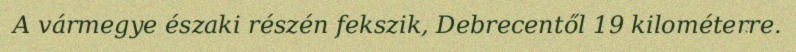
A vármegye északi részén fekszik, Debrecentől 19 kilométerre.